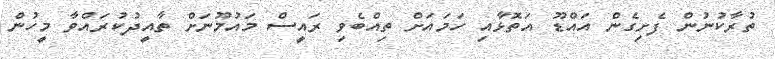
ތުރާކުނުން ފެށިގެން އައްޑޫ އަތޮޅާއި ހަމައަށް ތިއްބެވި ރައީސް މައުމޫނަށް ތާއީދުކުރައްވާ މީހުން